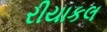
રીયાકલ